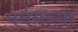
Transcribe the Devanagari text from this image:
पर्वमाला